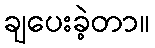
ချပေးခဲ့တာ။